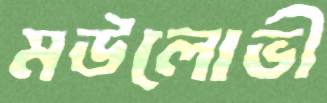
মউলোভী